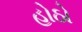
હોઠો